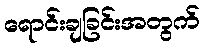
ရောင်းချခြင်းအတွက်